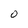
Character: O